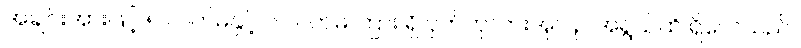
အချင်းအားဖြင့် ၅ လက်မနှင့် ၆ လက်မ ကြား ရှိ ငှက်ကုလားအုပ် ဥ အရွယ်ထိ ရှိလေသည်။